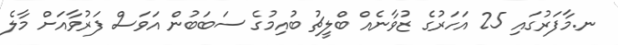
ނ.މާފަރުގައި 25 އަހަރުގެ ޒުވާނެއް ބްލީޗު ބުއިމުގެ ސަބަބުން އަވަސް ފަރުވާއަށް މާލެ